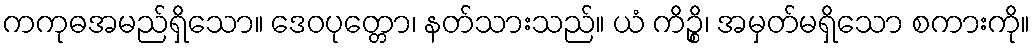
ကကုဓအမည်ရှိသော။ ဒေဝပုတ္တော၊ နတ်သားသည်။ ယံ ကိဉ္စိ၊ အမှတ်မရှိသော စကားကို။